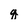
Character: g